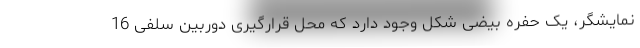
نمایشگر، یک حفره بیضی شکل وجود دارد که محل قرارگیری دوربین سلفی 16